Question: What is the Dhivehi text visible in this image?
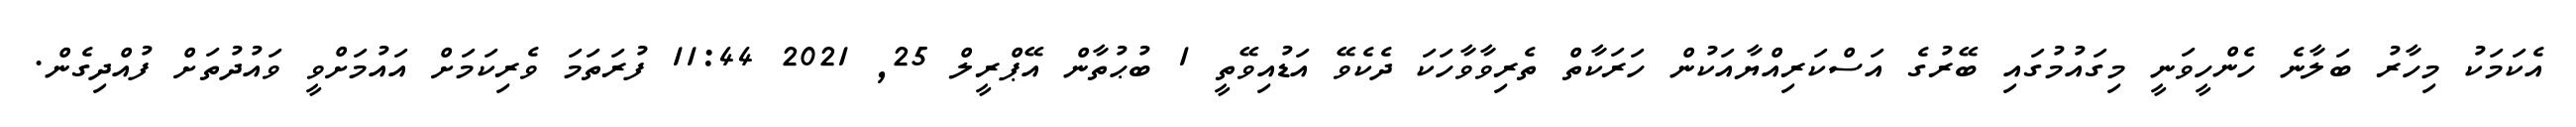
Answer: އެކަމަކު މިހާރު ބަލާނެ ހެންހީވަނީ މިގައުމުގައި ބޭރުގެ އަސްކަރިއްޔާއަކުން ހަރަކާތް ތެރިވާވާހަކަ ދެކެވޭ އަޑުއިވޭތީ 1 ބުޙުތާން އޭޕްރީލް 25, 2021 11:44 ފުރަތަމަ ވެރިކަމަށް އައުމަށްވީ ވައުދުތަށް ފުއްދިގެން.